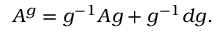
A ^ { g } = g ^ { - 1 } A g + g ^ { - 1 } d g .